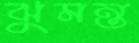
ঝুমন্ত